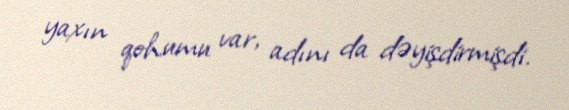
yaxın qohumu var, adını da dəyişdirmişdi.